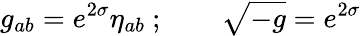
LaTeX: g_{ab}=e^{2\sigma}\eta_{ab}\ ;\qquad\sqrt{-g}=e^{2\sigma}